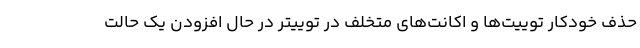
حذف خودکار توییت‌ها و اکانت‌های متخلف در توییتر در حال افزودن یک حالت